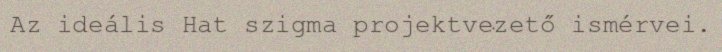
Az ideális Hat szigma projektvezető ismérvei.